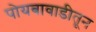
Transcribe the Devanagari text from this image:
पोयबावाडीतून